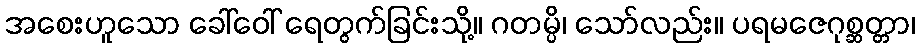
အစေးဟူသော ခေါ်ဝေါ် ရေတွက်ခြင်းသို့။ ဂတမ္ပိ၊ သော်လည်း။ ပရမဇေဂုစ္ဆတ္တာ၊